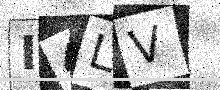
Text: I4LV